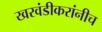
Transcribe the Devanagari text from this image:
खरवंडीकरांनीच